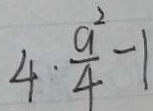
4 \cdot \frac { a ^ { 2 } } { 4 } - 1